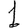
Digit: 1